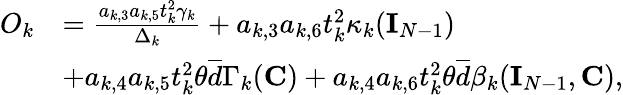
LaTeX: \begin{array}{rl}{O_{k}}&{=\frac{a_{k,3}a_{k,5}t_{k}^{2}\gamma_{k}}{\Delta_{k}}+a_{k,3}a_{k,6}t_{k}^{2}\kappa_{k}({\mathbf{I}}_{N-1})}\\ &{+a_{k,4}a_{k,5}t_{k}^{2}\theta\overline{{d}}\Gamma_{k}({\mathbf{C}})+a_{k,4}a_{k,6}t_{k}^{2}\theta\overline{{d}}\beta_{k}({\mathbf{I}}_{N-1},{\mathbf{C}}),}\end{array}